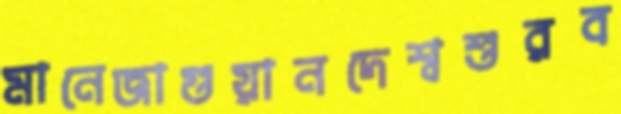
মানেজাগুয়ানদেশ্বশুরব